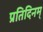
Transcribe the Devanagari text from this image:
प्रतिदिनम्‌